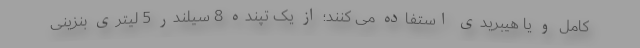
کامل و یا هیبریدی استفاده می کنند؛ از یک تپنده 8 سیلندر 5 لیتری بنزینی